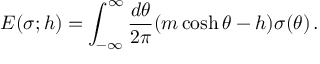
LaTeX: { \cal E } ( \sigma ; h ) = \int _ { - \infty } ^ { \infty } { \frac { d \theta } { 2 \pi } } ( m \cosh \theta - h ) \sigma ( \theta ) \, .